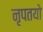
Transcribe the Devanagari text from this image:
नृपतयो